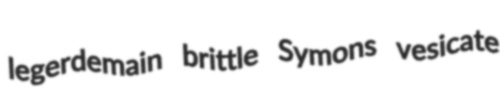
legerdemain brittle Symons vesicate